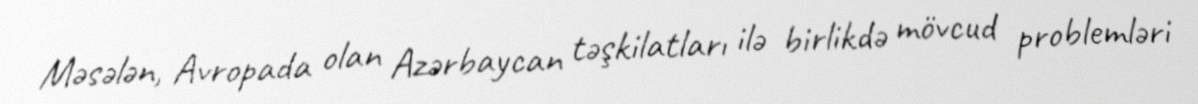
Məsələn, Avropada olan Azərbaycan təşkilatları ilə birlikdə mövcud problemləri